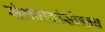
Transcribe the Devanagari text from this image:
संशोधकांसोबतच